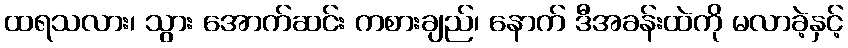
ထရသလား၊ သွား အောက်ဆင်း ကစားချည်၊ နောက် ဒီအခန်းထဲကို မလာခဲ့နှင့်